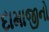
દામાજીનો